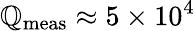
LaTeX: \mathbb{Q}_{\textrm{{meas}}}\approx5\times10^{4}